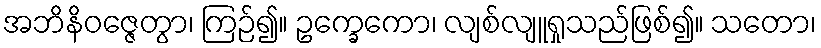
အဘိနိဝဇ္ဇေတွာ၊ ကြဉ်၍။ ဥက္ခေကော၊ လျစ်လျူရှုသည်ဖြစ်၍။ သတော၊